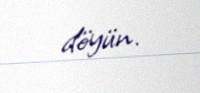
döyün.